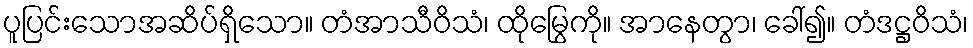
ပူပြင်းသောအဆိပ်ရှိသော။ တံအာသီဝိသံ၊ ထိုမြွေကို။ အာနေတွာ၊ ခေါ်၍။ တံဒဋ္ဌဝိသံ၊